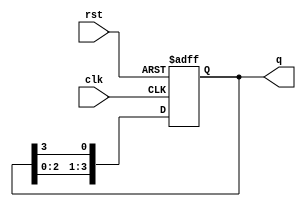
module ring_counter (
    input wire clk,        // Clock signal
    input wire rst,       // Reset signal
    output reg [3:0] q    // 4-bit output
);

// Initial state
initial begin
    q = 4'b1000; // Initial state of the ring counter
end

// Sequential logic to update the state on the clock edge
always @(posedge clk or posedge rst) begin
    if (rst) begin
        q <= 4'b1000; // Reset to initial state
    end else begin
        // Shift the state circularly
        q <= {q[2:0], q[3]}; // Shift left and feed the last bit back
    end
end

endmodule